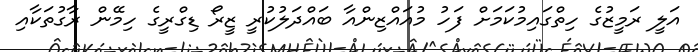
އަލީ ރަމީޒުގެ ހިތްގައިމުކަމަށް ފަހު މުއައްޒިންއާ ބައްދަލުކުރީ ޒީރޯ ޑިގްރީގެ ހިމޭން ރާގުތަކާއި